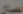
الصال